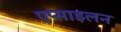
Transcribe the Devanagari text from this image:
एप्साइलन